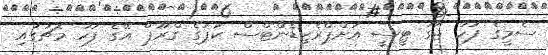
ސެމީގެ ފަހު ޖާގަ ޓީސީ އަށްޕްރެޒިޑެންޓްސް ކަޕުގެ ގްރޫޕް އޭގެ ފަހު މެޗުގައި